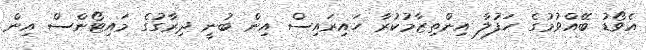
އެވޯޑު ބޭއްވުމުގެ ހަފުލާ އިންތިޒާމުކުރާ ހައިރައިސް އިން ބުނީ ދިރާގުގެ މައިޓޯންސް އިން